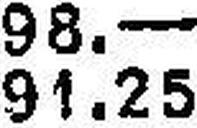
91.25